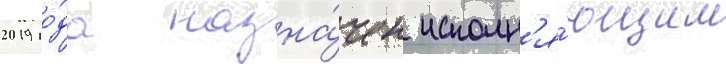
2019 го́да назна́чен исполн'я́ющим